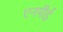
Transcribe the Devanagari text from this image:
एनपीई